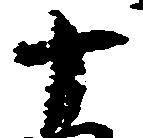
十